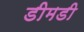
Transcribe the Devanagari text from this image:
डीमडी